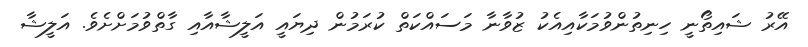
އޭރު ޝައިތޯނީ ހިނިތުންވުމަކާއިއެކު ޒުވާނާ މަސައްކަތް ކުރަމުން ދިޔައީ އަލީޝާއާއި ގާތްވުމަށްށެވެ. އަލީޝާ